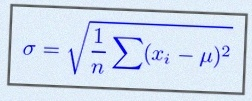
\sigma=\sqrt{\frac1n\sum(x_i-\mu)^2}